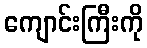
ကျောင်းကြီးကို